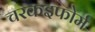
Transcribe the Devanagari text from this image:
चरकइफोर्म